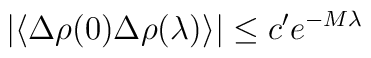
|\langle \Delta \rho(0) \Delta \rho (\lambda)\rangle|  \leq c' e^{-M\lambda}